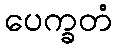
ပေက္ခတံ